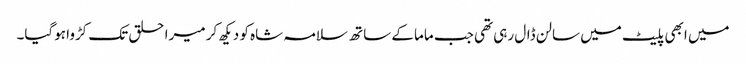
میں ابھی پلیٹ میں سالن ڈال رہی تھی جب ماما کے ساتھ سلامہ شاہ کو دیکھ کر میرا حلق تک کڑوا ہوگیا۔